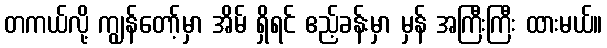
တကယ်လို့ ကျွန်တော့်မှာ အိမ် ရှိရင် ဧည့်ခန်းမှာ မှန် အကြီးကြီး ထားမယ်။